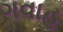
ગવાહ